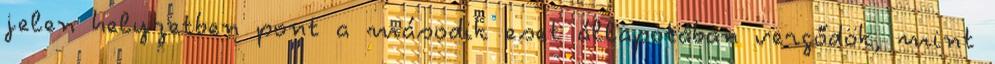
jelen helyzetben pont a második eset állapotában vergődök, mint